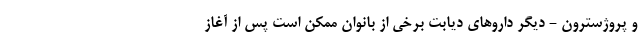
و پروژسترون - دیگر داروهای دیابت برخی از بانوان ممکن است پس از آغاز